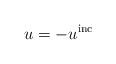
LaTeX: \begin{align*}u = - u^{\rm inc}\end{align*}